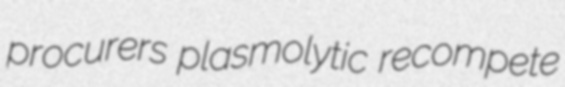
procurers plasmolytic recompete